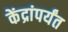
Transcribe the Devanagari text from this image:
केंद्रांपर्यंत